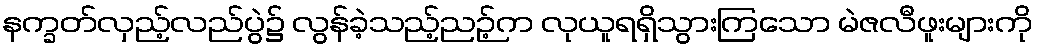
နက္ခတ်လှည့်လည်ပွဲ၌ လွန်ခဲ့သည့်ညဉ့်က လုယူရရှိသွားကြသော မဲဇလီဖူးများကို